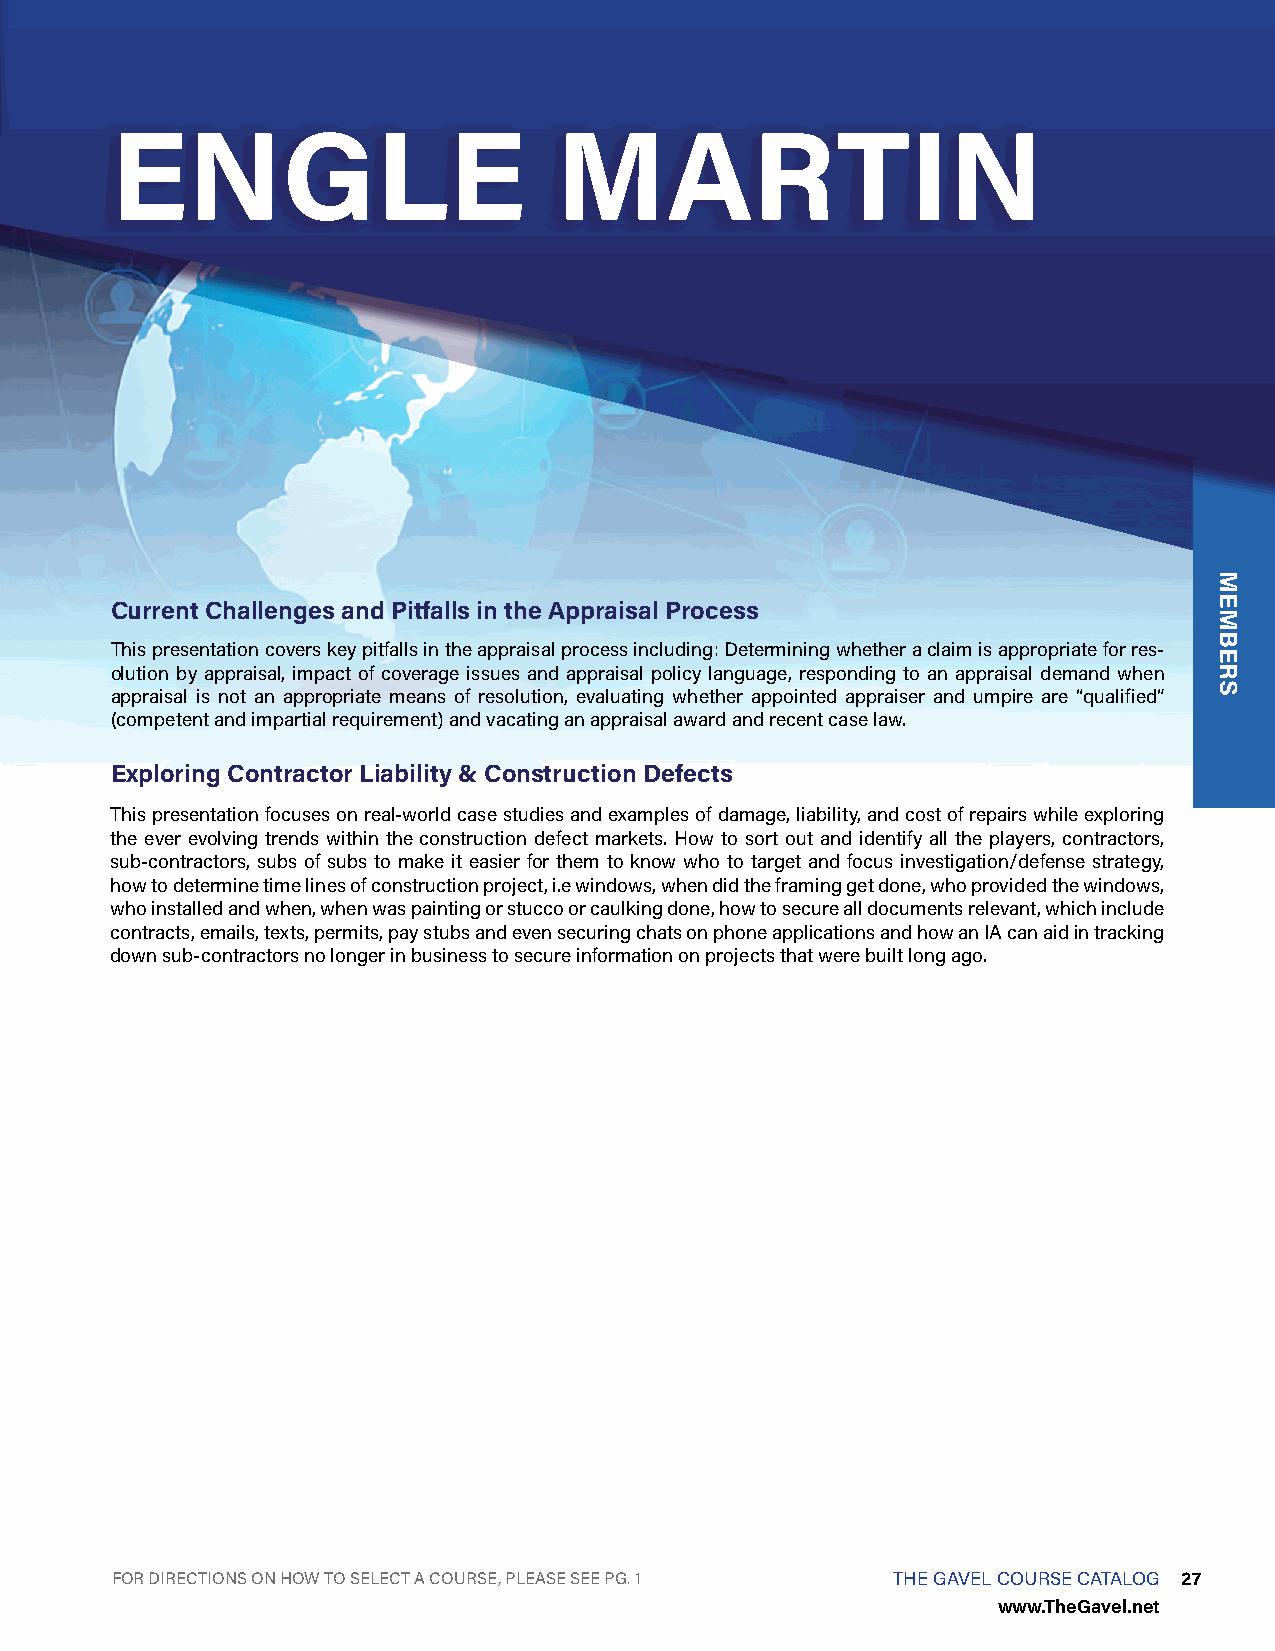
ENGLE                         MARTIN
 Current Challenges and Pitfalls in the Appraisal Process
 This presentation covers key pitfalls in the appraisal process including: Determining whether a claim is appropriate for res-
 olution by appraisal, impact of coverage issues and appraisal policy language, responding to an appraisal demand when
 appraisal is not an appropriate means of resolution, evaluating whether appointed appraiser and umpire are “qualified”
 (competent and impartial requirement) and vacating an appraisal award and recent case law.
 Exploring Contractor Liability & Construction Defects
 This presentation focuses on real-world case studies and examples of damage, liability, and cost of repairs while exploring
 the ever evolving trends within the construction defect markets. How to sort out and identify all the players, contractors,
 sub-contractors, subs of subs to make it easier for them to know who to target and focus investigation/defense strategy,
 how to determine time lines of construction project, i.e windows, when did the framing get done, who provided the windows,
 who installed and when, when was painting or stucco or caulking done, how to secure all documents relevant, which include
 contracts, emails, texts, permits, pay stubs and even securing chats on phone applications and how an IA can aid in tracking
 down sub-contractors no longer in business to secure information on projects that were built long ago.
 FOR DIRECTIONS ON HOW TO SELECT A COURSE, PLEASE SEE PG. 1 THE GAVEL COURSE CATALOG 27
 www.TheGavel.net
 MEMBERS